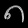
Digit: ၈